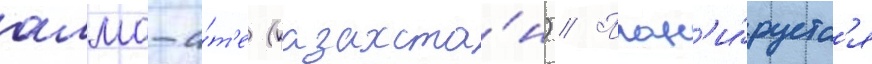
алма-а́т'е (казахста́н) // План'и́руетс'я